Subject: cs
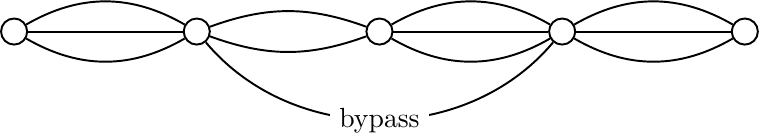
LaTeX code:
\begin{tikzpicture}[scale=0.58]
\node[shape=circle,draw=black,line width=.7pt] (a) at (-4,0)  {};
\node[shape=circle,draw=black,line width=.7pt] (b) at (0,0)  {};
\node[shape=circle,draw=black,line width=.7pt] (c) at (4,0)  {};
\node[shape=circle,draw=black,line width=.7pt] (d) at (8,0)  {};
\node[shape=circle,draw=black,line width=.7pt] (e) at (12,0)  {};
\draw[line width=.7pt] (a) to (b);
\draw[line width=.7pt] (a) to [bend left=30] (b);
\draw[line width=.7pt] (a) to [bend right=30]  (b);
\draw[line width=.7pt] (b) to [bend left=20] (c);
\draw[line width=.7pt] (b) to [bend right=20]  (c);
\draw[line width=.7pt] (c) to (d);
\draw[line width=.7pt] (c) to [bend left=30] (d);
\draw[line width=.7pt] (c) to [bend right=30]  (d);
\draw[line width=.7pt] (d) to (e);
\draw[line width=.7pt] (d) to [bend left=30] (e);
\draw[line width=.7pt] (d) to [bend right=30]  (e);
\draw[line width=.7pt] (b) to [bend right=50] node[midway,fill=white] {bypass} (d);
\end{tikzpicture}